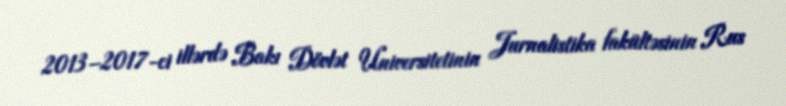
2013–2017-ci illərdə Bakı Dövlət Universitetinin Jurnalistika fakültəsinin Rus